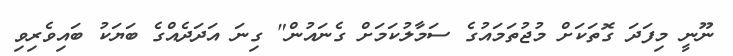
ނޫނީ މިފަދަ ގޮތަކަށް މުޖުތަމައުގެ ސަމާލުކަމަށް ގެނައުން" ގިނަ އަދަދެއްގެ ބަޔަކު ބައިވެރިވި